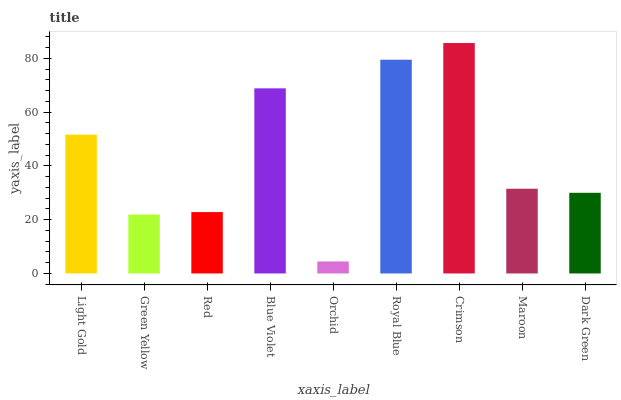
| xaxis_label | bars |
 | --- | --- |
 | Light Gold | 51.7 |
 | Green Yellow | 21.9 |
 | Red | 22.8 |
 | Blue Violet | 68.9 |
 | Orchid | 4.47 |
 | Royal Blue | 79.5 |
 | Crimson | 85.7 |
 | Maroon | 31.5 |
 | Dark Green | 30 |